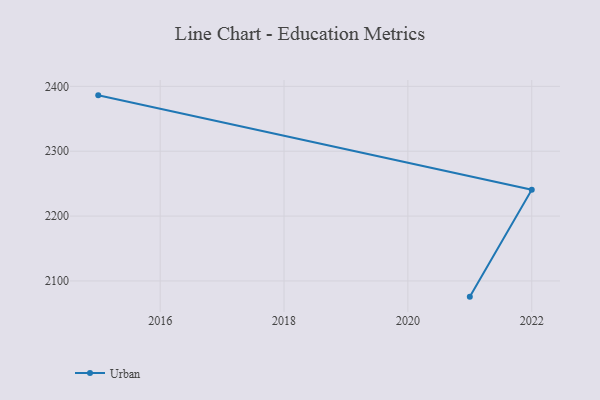
{"axis": {"x": "Year", "y": "Operating Costs (USD K)"}, "legend": ["Urban"], "data": [{"x": "2015", "y": 2386.1, "type": "Urban"}, {"x": "2022", "y": 2240.7, "type": "Urban"}, {"x": "2021", "y": 2075.8, "type": "Urban"}]}